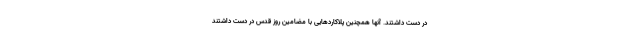
در دست داشتند. آنها همچنین پلاکاردهایی با مضامین روز قدس در دست داشتند